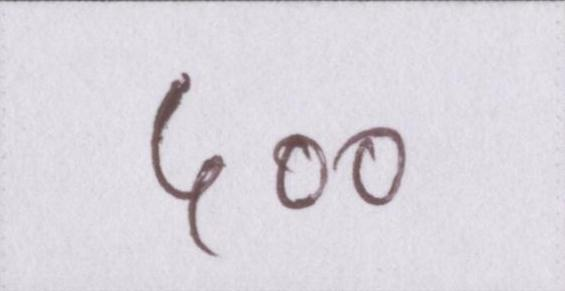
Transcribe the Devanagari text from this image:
५००